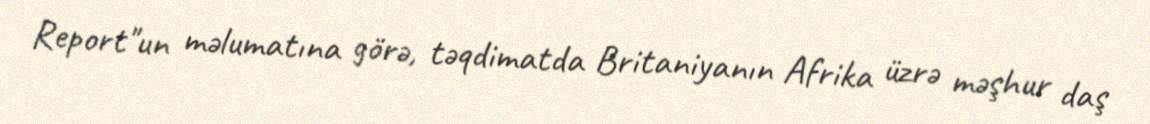
Report"un məlumatına görə, təqdimatda Britaniyanın Afrika üzrə məşhur daş